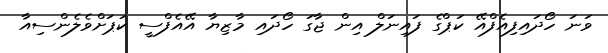
ވަނަ ހޯދައިފިއެފްއޭ ކަޕްގެ ފައިނަލް އިން ޖާގަ ހޯދައި މާޒިޔާ އޭއެފްސީ ކަޕަށްވެލެންސިއާ